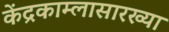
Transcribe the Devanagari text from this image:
केंद्रकाम्लासारख्या